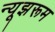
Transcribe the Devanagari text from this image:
न्यूझरूम